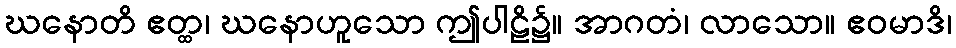
ဃနောတိ ဧတ္ထ၊ ဃနောဟူသော ဤပါဠိ၌။ အာဂတံ၊ လာသော။ ဧဝမာဒိ၊